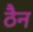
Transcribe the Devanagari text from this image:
ठैन